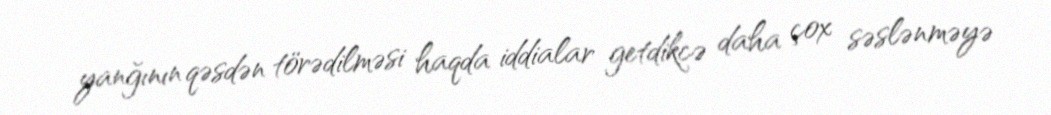
yanğının qəsdən törədilməsi haqda iddialar getdikcə daha çox səslənməyə